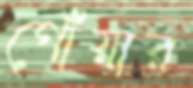
গোঁয়ার